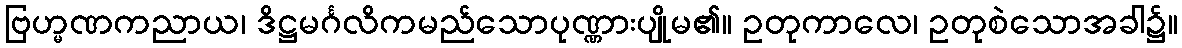
ဗြဟ္မဏကညာယ၊ ဒိဋ္ဌမင်္ဂလိကမည်သောပုဏ္ဏားပျိုမ၏။ ဥတုကာလေ၊ ဥတုစဲသောအခါ၌။